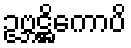
ဥဗ္ဘဋ္ဌိကောပိ